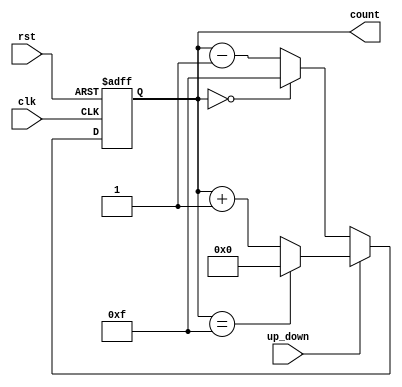
module UpDownCounter (
    input wire clk,          // Clock signal
    input wire rst,          // Asynchronous reset
    input wire up_down,      // Control signal for counting direction
    output reg [3:0] count   // 4-bit output for the current count value
);

    // Asynchronous reset and counting logic
    always @(posedge clk or posedge rst) begin
        if (rst) begin
            count <= 4'b0000; // Reset count to 0
        end else begin
            if (up_down) begin
                // Count up
                if (count == 4'b1111) begin
                    count <= 4'b0000; // Wrap around to 0
                end else begin
                    count <= count + 1; // Increment count
                end
            end else begin
                // Count down
                if (count == 4'b0000) begin
                    count <= 4'b1111; // Wrap around to max value
                end else begin
                    count <= count - 1; // Decrement count
                end
            end
        end
    end

endmodule